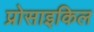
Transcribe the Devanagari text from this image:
प्रोसाइकिल